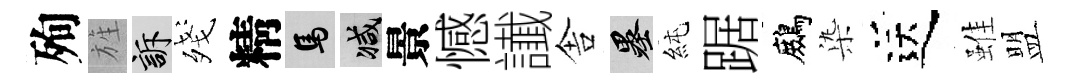
殉旌訴殘精馬减景憾䜟舎墨純踞鷓𣑱送雖盟